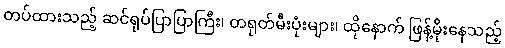
တပ်ထားသည့် ဆင်ရုပ်ပြာပြာကြီး၊ တရုတ်မီးပုံးများ၊ ထိုနောက် ဖြန့်မိုးနေသည့်